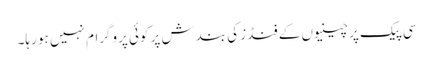
سی پیک پر چینیوں کے فنڈز کی بندش پر کوئی پروگرام نہیں ہو رہا۔